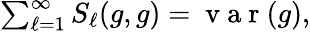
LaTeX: \begin{array}{r}{\sum_{\ell=1}^{\infty}S_{\ell}(g,g)=\mathrm{~v~a~r~}(g),}\end{array}